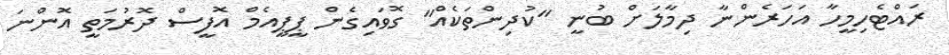
ރައްޓެހިމީހާ އަހަރެންނާ ދިމާލަށް ބުނީ "ކުދިންތަކެއް" ގޮވައިގެން ޕީޕީއެމް އޮފީސް ދޮރުމަތީ އޮންނަ